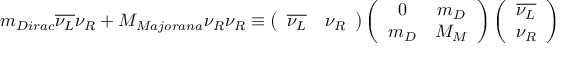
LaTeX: m _ { D i r a c } \overline { { { \nu _ { L } } } } \nu _ { R } + M _ { M a j o r a n a } \nu _ { R } \nu _ { R } \equiv \left( \begin{array} { c c } { { \overline { { { \nu _ { L } } } } } } & { { \nu _ { R } } } \end{array} \right) \left( \begin{array} { c c } { { 0 } } & { { m _ { D } } } \\ { { m _ { D } } } & { { M _ { M } } } \end{array} \right) \left( \begin{array} { c } { { \overline { { { \nu _ { L } } } } } } \\ { { \nu _ { R } } } \end{array} \right)